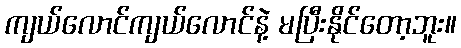
ကျယ်လောင်ကျယ်လောင်နဲ့ မပြီးနိုင်တော့ဘူး။